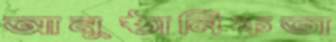
আনুষ্ঠানিকতা